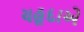
યહૂદાએ